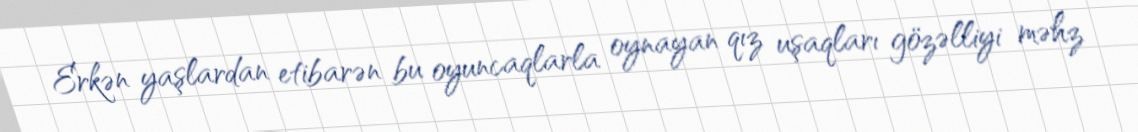
Erkən yaşlardan etibarən bu oyuncaqlarla oynayan qız uşaqları gözəlliyi məhz